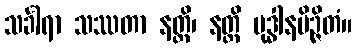
သင်္ခါရာ သဿတာ နတ္ထိ၊ နတ္ထိ ဗုဒ္ဓါနမိဉ္ဇိတံ။